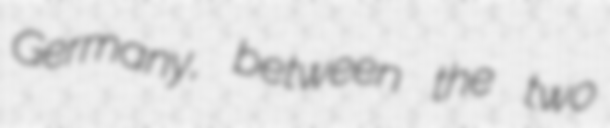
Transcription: Germany, between the two